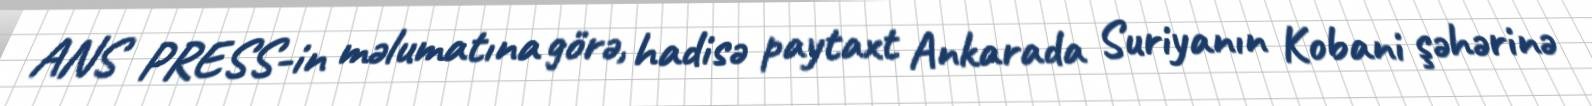
ANS PRESS-in məlumatına görə, hadisə paytaxt Ankarada Suriyanın Kobani şəhərinə